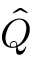
\hat { Q }